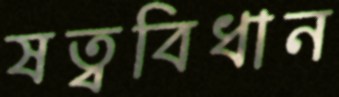
ষত্ববিধান